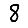
Digit: 8